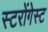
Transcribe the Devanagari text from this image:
स्टरोंगेस्ट